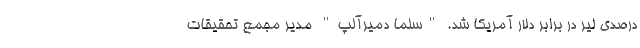
درصدی لیر در برابر دلار آمریکا شد. "سلما دمیرآلپ" مدیر مجمع تحقیقات